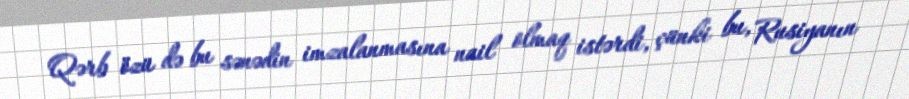
Qərb özü də bu sənədin imzalanmasına nail olmaq istərdi, çünki bu, Rusiyanın